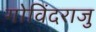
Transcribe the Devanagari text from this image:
गोविंदराजु